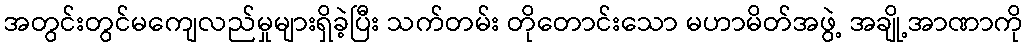
အတွင်းတွင်မကျေလည်မှုများရှိခဲ့ပြီး သက်တမ်း တိုတောင်းသော မဟာမိတ်အဖွဲ့ အချို့အာဏာကို